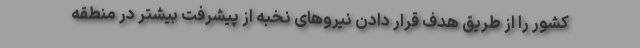
کشور را از طریق هدف قرار دادن نیروهای نخبه از پیشرفت بیشتر در منطقه